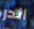
أندر